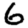
Digit: 6